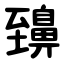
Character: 䶍